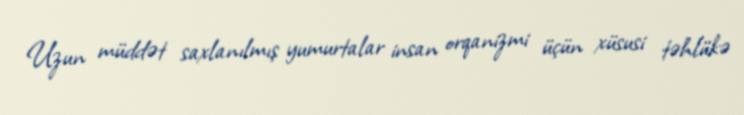
Uzun müddət saxlanılmış yumurtalar insan orqanizmi üçün xüsusi təhlükə